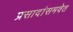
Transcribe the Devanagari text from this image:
प्रसादांसमवेत